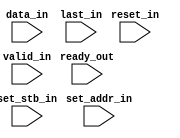
module channelizer_512_implementation_interface_in (
  input ready_out,
  input [32-1:0] data_in,
  input [1-1:0] last_in,
  input [1-1:0] reset_in,
  input [8-1:0] set_addr_in,
  input [1-1:0] set_stb_in,
  input [1-1:0] valid_in
);
  wire fir_compiler_7_2_1_s_axis_data_tready_net;
  wire [32-1:0] data_in_net;
  wire [1-1:0] last_in_net;
  wire [1-1:0] reset_in_net;
  wire [8-1:0] set_addr_in_net;
  wire [1-1:0] set_stb_in_net;
  wire [1-1:0] valid_in_net;
  assign fir_compiler_7_2_1_s_axis_data_tready_net = ready_out;
  assign data_in_net = data_in;
  assign last_in_net = last_in;
  assign reset_in_net = reset_in;
  assign set_addr_in_net = set_addr_in;
  assign set_stb_in_net = set_stb_in;
  assign valid_in_net = valid_in;
endmodule